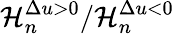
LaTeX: \mathcal{H}_{n}^{\Delta u>0}/\mathcal{H}_{n}^{\Delta u<0}